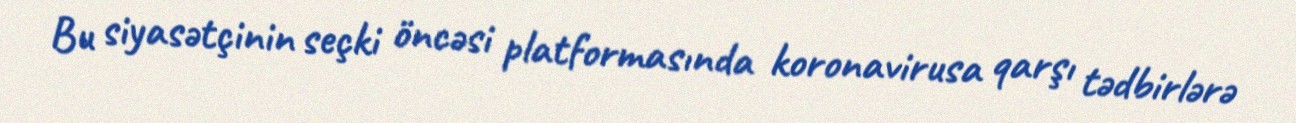
Bu siyasətçinin seçki öncəsi platformasında koronavirusa qarşı tədbirlərə